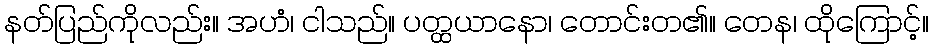
နတ်ပြည်ကိုလည်း။ အဟံ၊ ငါသည်။ ပတ္ထယာနော၊ တောင်းတ၏။ တေန၊ ထိုကြောင့်။